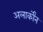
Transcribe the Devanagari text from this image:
अलार्कोंन